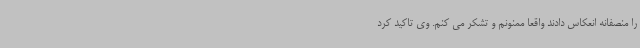
را منصفانه انعکاس دادند واقعا ممنونم و تشکر می کنم. وی تاکید کرد